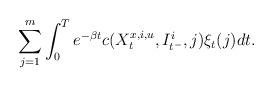
LaTeX: \begin{align*}\sum_{j=1}^m\int_0^T e^{-\beta t} c(X_t^{x,i,u},I_{t^-}^i,j) \xi_t(j) dt.\end{align*}